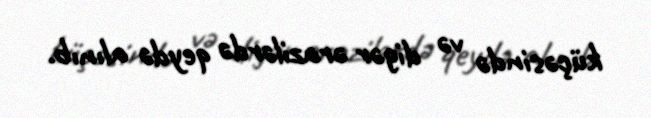
küçəsində və digər ərazilərdə qeydə alınıb.